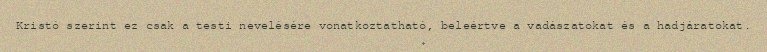
Kristó szerint ez csak a testi nevelésére vonatkoztatható, beleértve a vadászatokat és a hadjáratokat.